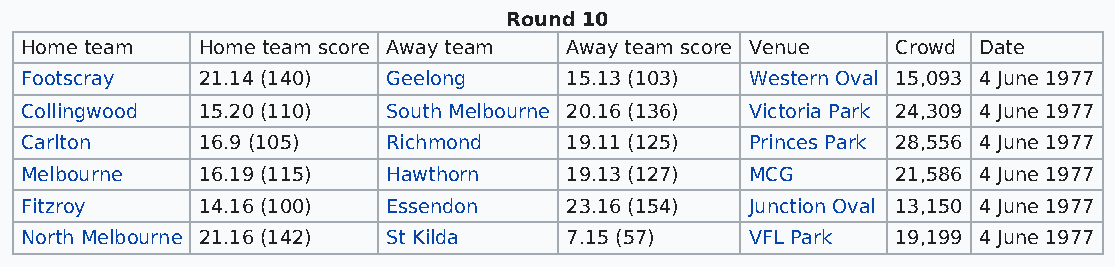
Round 10
 Home team   Home team score Away team Away team score Venue Crowd Date
 Footscray   21.14 (140)  Geelong    15.13 (103)  Western Oval 15,093 4 June 1977
 Collingwood 15.20 (110)  South Melbourne 20.16 (136) Victoria Park 24,309 4 June 1977
 Carlton     16.9 (105)   Richmond   19.11 (125)  Princes Park 28,556 4 June 1977
 Melbourne   16.19 (115)  Hawthorn   19.13 (127)  MCG      21,586 4 June 1977
 Fitzroy     14.16 (100)  Essendon   23.16 (154)  Junction Oval 13,150 4 June 1977
 North Melbourne 21.16 (142) St Kilda 7.15 (57)   VFL Park 19,199 4 June 1977